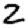
Digit: 2